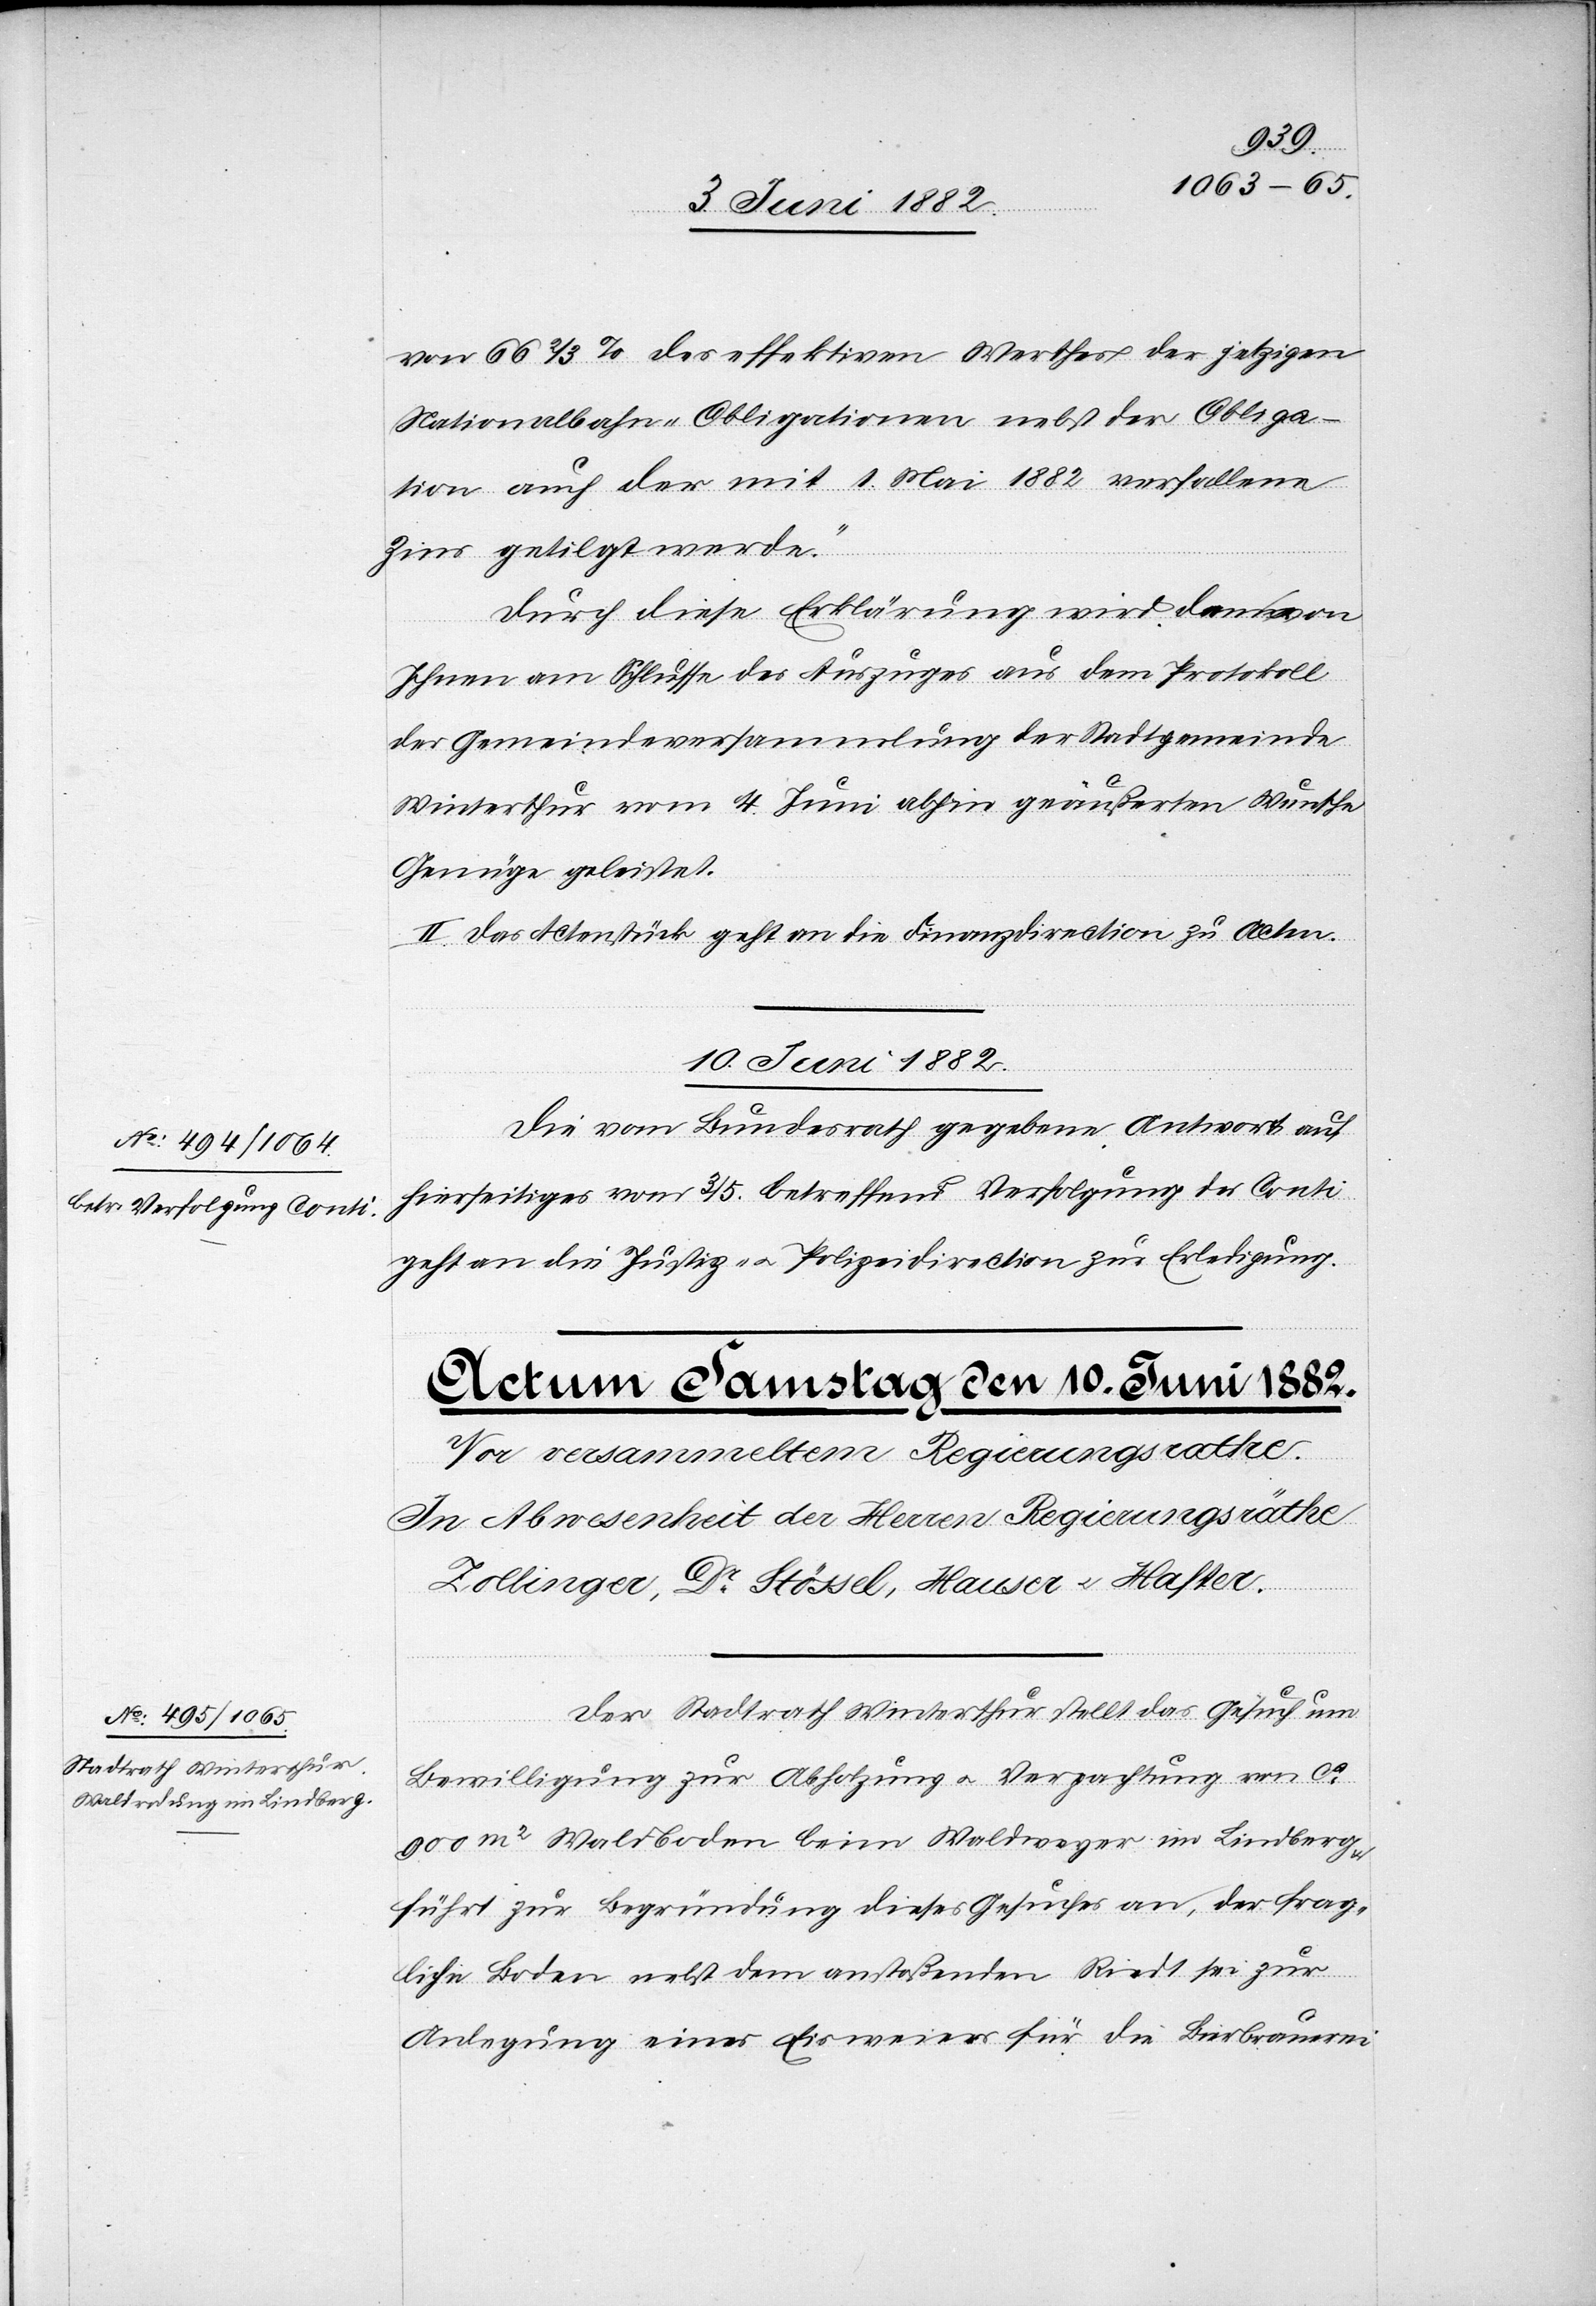
1882
1.
von 66 2/3 des effektiven Werthes der jetzigen
Nationalbahn-Obligationen auch der mit
Zins getilgt werde.“
Durch diese Erklärung wird dem von
Ihnen am Schlusse des Auszuges aus dem Protokoll
der Gemeindeversammlung der Stadtgemeinde
Winterthur vom 4. Juni abhin geäußerten Wunsche
Genüge geleistet.
II. Das Actenstück geht an die Finanzdirection zu Acten.
10. Juni 1882.
Die vom Bundesrath gegebene Antwort auf
hierseitiges vom 3./5. betreffend Verfolgung des Conti
geht an die Justiz- u. Polizeidirection zur Erledigung.
Der Stadtrath Winterthur stellt das Gesuch um
Bewilligung zur Abholzung u. Verpachtung von ca
900 m2 Waldboden beim Waldweyer im Lindberg
führt zur Begründung dieses Gesuches an, der frag¬
liche Boden nebst dem anstoßenden Riedt sei zur
Anlegung eines Eisweiers für die Bierbrauerei